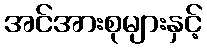
အင်အားစုများနှင့်